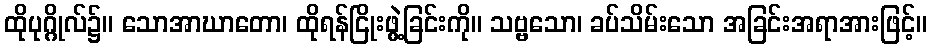
ထိုပုဂ္ဂိုလ်၌။ သောအာဃာတော၊ ထိုရန်ငြိုးဖွဲ့ခြင်းကို။ သဗ္ဗသော၊ ခပ်သိမ်းသော အခြင်းအရာအားဖြင့်။